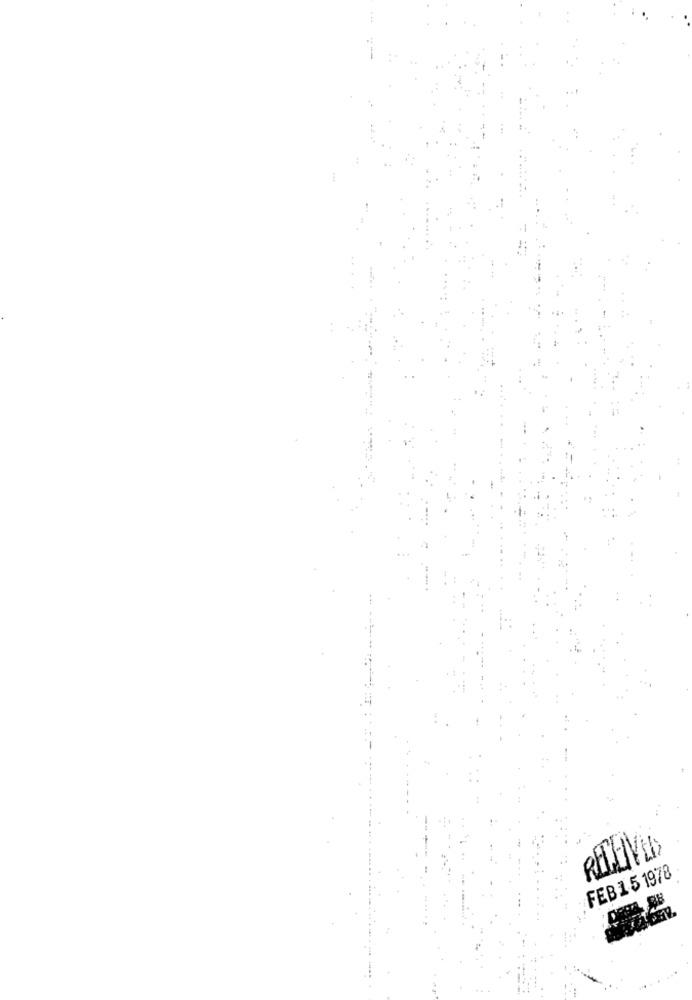
FEB 1 5 1978